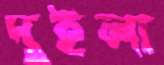
দুইলা